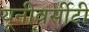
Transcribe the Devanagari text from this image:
यूनीवर्सीटी